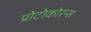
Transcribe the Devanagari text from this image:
प्रोटोकोरन्स